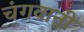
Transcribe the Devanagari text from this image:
चंगवानी